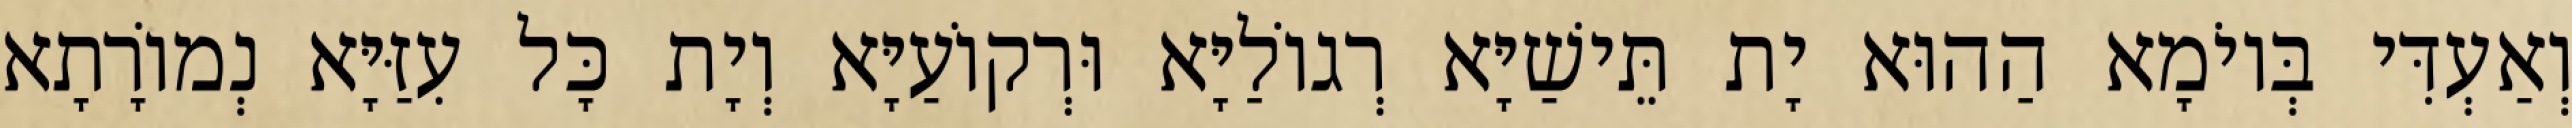
וְאַעְדִּי בְּיוֹמָא הַהוּא יָת תֵּישַׁיָּא רְגוֹלַיָּא וּרְקוֹעַיָּא וְיָת כָּל עִזַּיָּא נְמוֹרָתָא